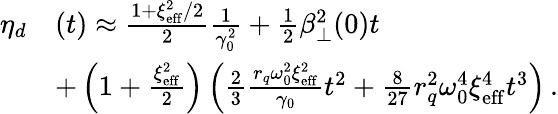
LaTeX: \begin{array}{rl}{\eta_{d}}&{(t)\approx\frac{1+\xi_{\mathrm{eff}}^{2}/2}{2}\frac{1}{\gamma_{0}^{2}}+\frac{1}{2}\beta_{\perp}^{2}(0)t}\\ &{+\left(1+\frac{\xi_{\mathrm{eff}}^{2}}{2}\right)\left(\frac{2}{3}\frac{r_{q}\omega_{0}^{2}\xi_{\mathrm{eff}}^{2}}{\gamma_{0}}t^{2}+\frac{8}{27}r_{q}^{2}\omega_{0}^{4}\xi_{\mathrm{eff}}^{4}t^{3}\right)\, .}\end{array}